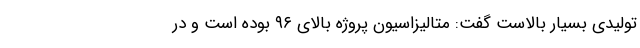
تولیدی بسیار بالاست گفت: متالیزاسیون پروژه بالای ۹۶ بوده است و در